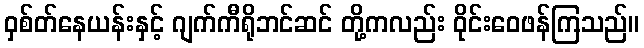
ဝှစ်တ်နေယန်းနှင့် ဂျက်ကီရိုဘင်ဆင် တို့ကလည်း ဝိုင်းဝေဖန်ကြသည်။